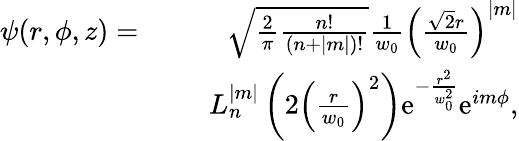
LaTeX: \begin{array}{rlr}{\psi(r,\phi,z)=}&{}&{\sqrt{\frac{2}{\pi}\frac{n!}{(n+|m|)!}}\frac{1}{w_{0}}\left(\frac{\sqrt{2}r}{w_{0}}\right)^{|m|}}\\ &{}&{\ \ L_{n}^{|m|}\left(2\left(\frac{r}{w_{0}}\right)^{2}\right)\mathrm{e}^{-\frac{r^{2}}{w_{0}^{2}}}\mathrm{e}^{im\phi},}\end{array}